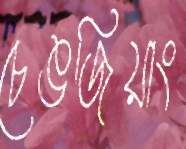
চেঙজিয়াং